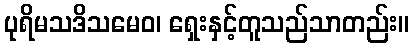
ပုရိမသဒိသမေဝ၊ ရှေးနှင့်တူသည်သာတည်း။